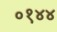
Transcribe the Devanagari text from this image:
०१४४